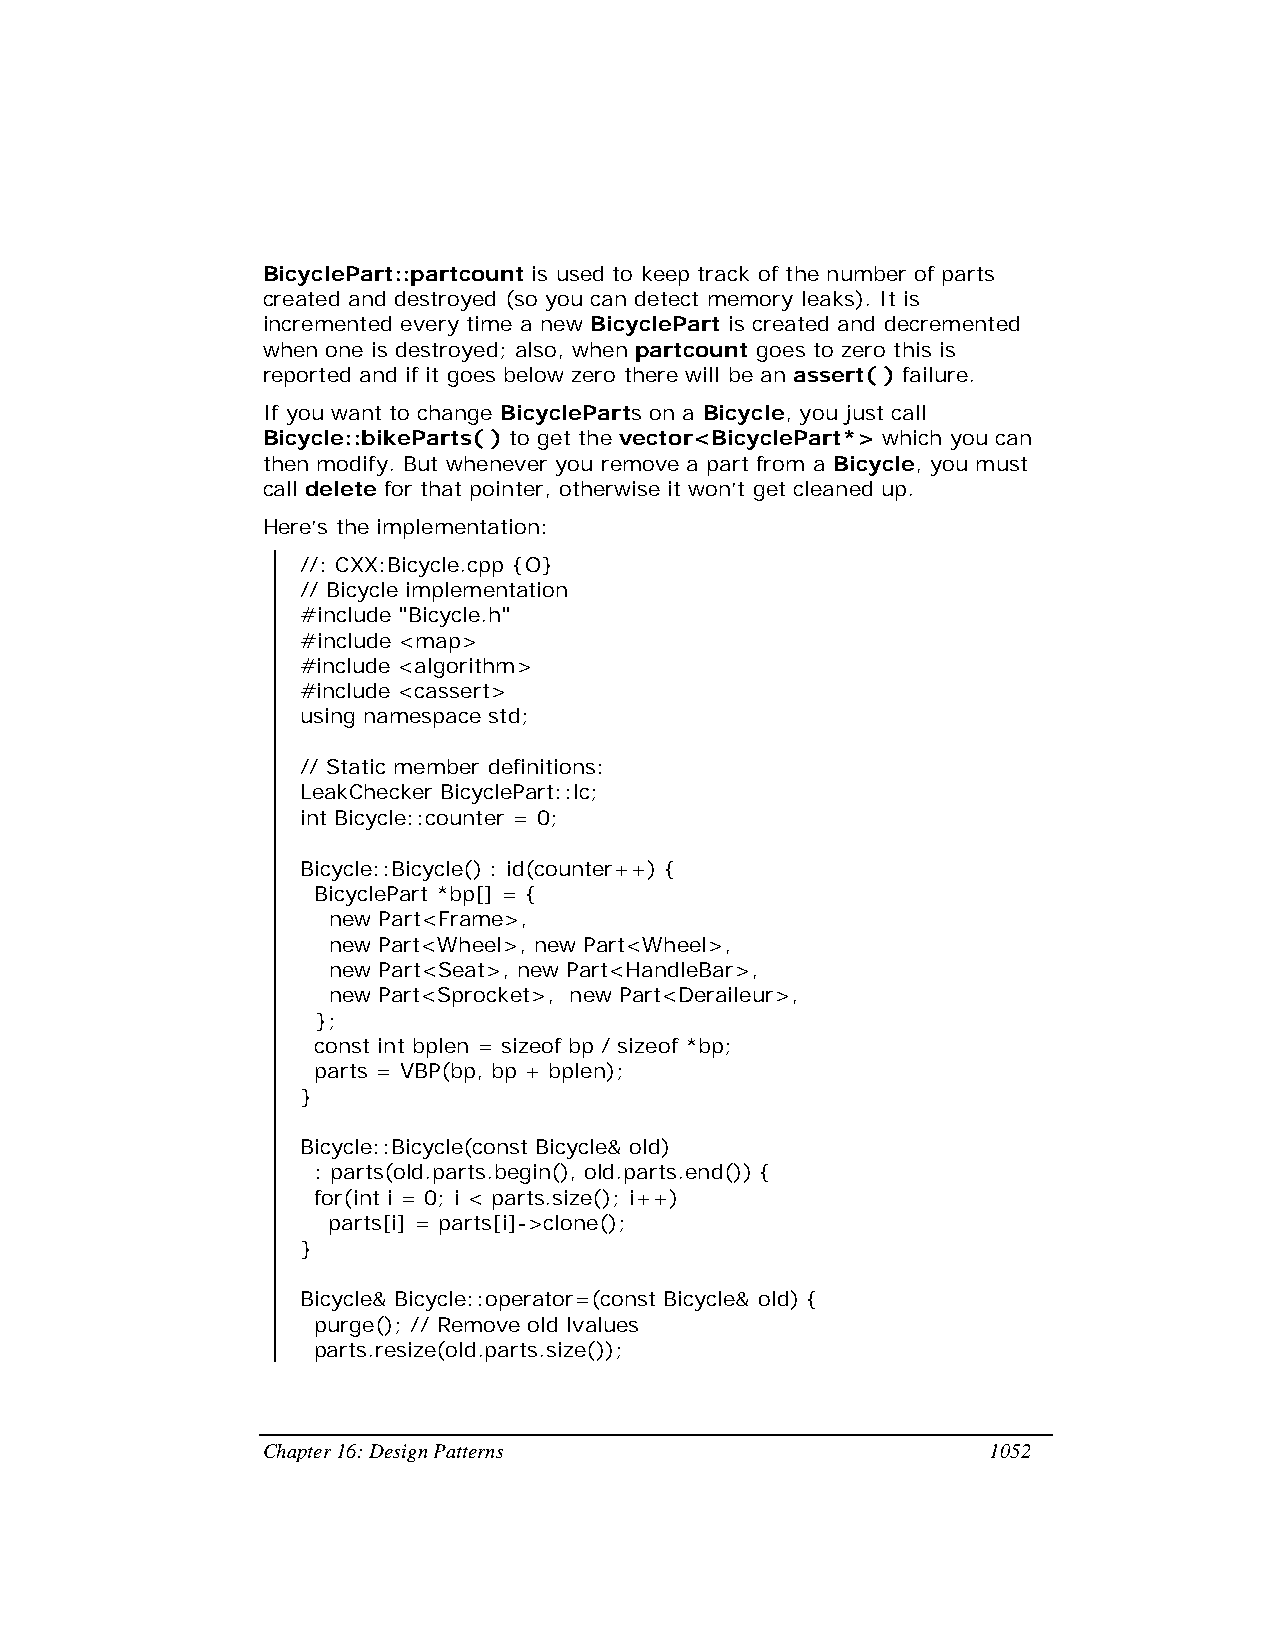
BicyclePart::partcount is used to keep track of the number of parts
 created and destroyed (so you can detect memory leaks). It is
 incremented every time a new BicyclePart is created and decremented
 when one is destroyed; also, when partcount goes to zero this is
 reported and if it goes below zero there will be an assert( ) failure.
 If you want to change BicycleParts on a Bicycle, you just call
 Bicycle::bikeParts( ) to get the vector<BicyclePart*> which you can
 then modify. But whenever you remove a part from a Bicycle, you must
 call delete for that pointer, otherwise it won’t get cleaned up.
 Here’s the implementation:
 //: CXX:Bicycle.cpp {O}
 // Bicycle implementation
 #include "Bicycle.h"
 #include <map>
 #include <algorithm>
 #include <cassert>
 using namespace std;
 // Static member definitions:
 LeakChecker BicyclePart::lc;
 int Bicycle::counter = 0;
 Bicycle::Bicycle() : id(counter++) {
 BicyclePart *bp[] = {
 new Part<Frame>,
 new Part<Wheel>, new Part<Wheel>,
 new Part<Seat>, new Part<HandleBar>,
 new Part<Sprocket>, new Part<Deraileur>,
 };
 const int bplen = sizeof bp / sizeof *bp;
 parts = VBP(bp, bp + bplen);
 }
 Bicycle::Bicycle(const Bicycle& old)
 : parts(old.parts.begin(), old.parts.end()) {
 for(int i = 0; i < parts.size(); i++)
 parts[i] = parts[i]->clone();
 }
 Bicycle& Bicycle::operator=(const Bicycle& old) {
 purge(); // Remove old lvalues
 parts.resize(old.parts.size());
 Chapter 16: Design Patterns                     1052